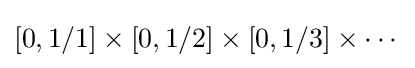
[0,1/1]\times [0,1/2]\times [0,1/3]\times \cdots